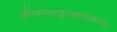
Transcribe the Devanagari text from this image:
श्रीस्वान्तशङ्करमहोरकिशोरचन्द्र।